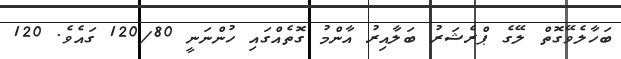
ބަހާލެވޭގޮތް ލޭގެ ޕްރެޝަރު ބަލާއިރު އާންމު ގޮތެއްގައި ހުންނަނީ 120/80 ގައެވެ. 120